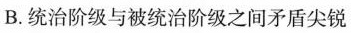
B.统治阶级与被统治阶级之间矛盾尖锐